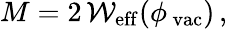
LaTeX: M=2\, {\cal W}_{\mathrm{eff}}(\phi_{\, \mathrm{vac}})\, ,